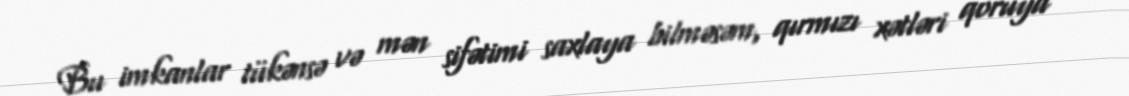
Bu imkanlar tükənsə və mən sifətimi saxlaya bilməsəm, qırmızı xətləri qoruya